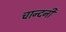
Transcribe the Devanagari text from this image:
चान्दनी